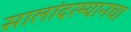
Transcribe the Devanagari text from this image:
सालांदरम्यानचा